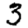
Digit: 3